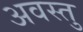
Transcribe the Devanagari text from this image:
अवस्तु